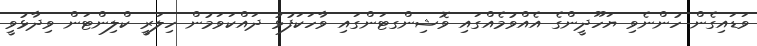
ވަޑައިގެން ހުންނެވި ޔަހޫދީންގެ އެއްވުމެއްގައި ވޮޝިންގޓަންގައި ވާހަކަފުޅު ދައްކަވަމުން ހިލަރީ ކްލިންޓަން ވިދާޅުވީ